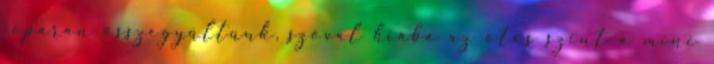
jópáran összegyűltünk, szóval hiába az ötös szint a mini